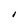
Character: I